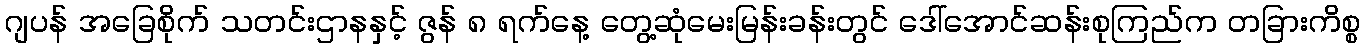
ဂျပန် အခြေစိုက် သတင်းဌာနနှင့် ဇွန် ၈ ရက်နေ့ တွေ့ဆုံမေးမြန်းခန်းတွင် ဒေါ်အောင်ဆန်းစုကြည်က တခြားကိစ္စ